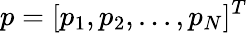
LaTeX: p=[{p}_{1},{p}_{2},...,{p}_{N}]^{T}